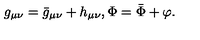
g _ { \mu \nu } = { \bar { g } } _ { \mu \nu } + h _ { \mu \nu } , \Phi = \bar { \Phi } + \varphi .